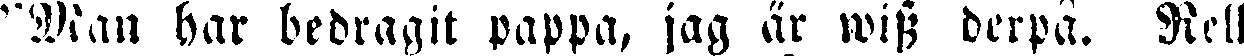
"Man har bedragit pappa, jag är wiss derpå. Rell